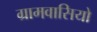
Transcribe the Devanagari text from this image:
ग्रामवासियो